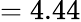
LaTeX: =4.44